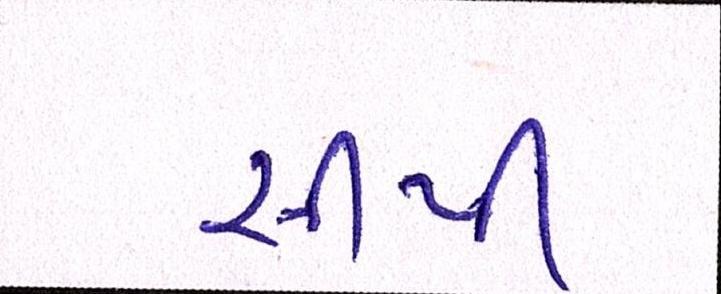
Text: સીપી